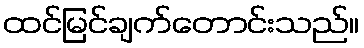
ထင်မြင်ချက်တောင်းသည်။